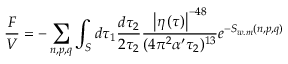
\frac { F } { V } = - \sum _ { n , p , q } \int _ { \cal S } d \tau _ { 1 } \frac { d \tau _ { 2 } } { 2 \tau _ { 2 } } \frac { \left| \eta \left( \tau \right) \right| ^ { - 4 8 } } { ( 4 \pi ^ { 2 } \alpha ^ { \prime } \tau _ { 2 } ) ^ { 1 3 } } e ^ { - S _ { w . m } ( n , p , q ) }